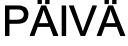
PÄIVÄ